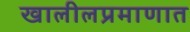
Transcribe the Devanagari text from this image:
खालीलप्रमाणात